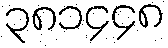
၃၈၁၄၄၈